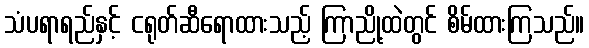
သံပရာရည်နှင့် ငရုတ်ဆီရောထားသည့် ကြာညို့ထဲတွင် စိမ်ထားကြသည်။